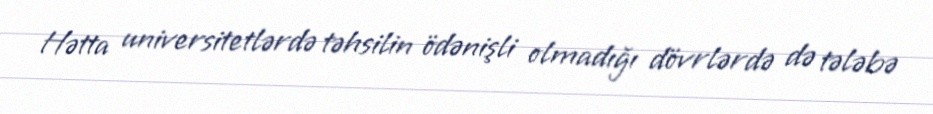
Hətta universitetlərdə təhsilin ödənişli olmadığı dövrlərdə də tələbə